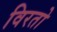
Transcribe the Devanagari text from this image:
विरतो